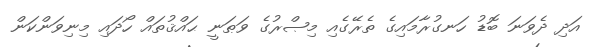
އަދި ދެވަނަ ބޮޑު ހަނގުރާމައިގެ ތެރޭގެއި މިޞްރުގެ ވަޠަނީ ޙައްޤުތައް ހޯދައި މިނިވަންކަން